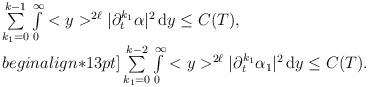
LaTeX: \begin{align*}\begin{array}{ll}\sum\limits_{k_1=0}^{k-1}\int\limits_0^{\infty} <y>^{2\ell}|\partial_t^{k_1} \alpha|^2\,\mathrm{d}y\leq C(T), \\begin{align*}13pt]\sum\limits_{k_1=0}^{k-2}\int\limits_0^{\infty} <y>^{2\ell}|\partial_t^{k_1} \alpha_1|^2\,\mathrm{d}y\leq C(T).\end{array}\end{align*}